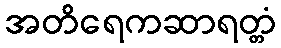
အတိရေကဆာရတ္တံ